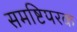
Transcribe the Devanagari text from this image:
समष्टिपरक